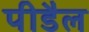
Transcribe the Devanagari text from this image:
पीडैल